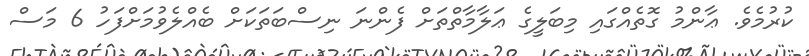
ކުރުމެވެ. ޢާންމު ގޮތެއްގައި މިބަލީގެ ޢަލާމާތްތަށް ފެންނަ ނިސްބަތަކަށް ބެއްލެވުމަށްފަހު 6 މަސް